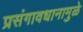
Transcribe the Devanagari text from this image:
प्रसंगावधानामुळे